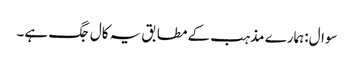
سوال:ہمارے مذہب کے مطابق یہ کال جگ ہے۔